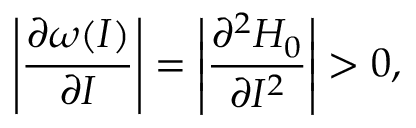
\left\lvert \frac { \partial \omega ( I ) } { \partial I } \right\lvert = \left\lvert \frac { \partial ^ { 2 } H _ { 0 } } { \partial I ^ { 2 } } \right\lvert > 0 ,